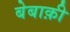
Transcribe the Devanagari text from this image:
बेबाक़ी